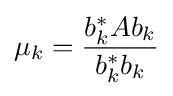
\mu _{k}={\frac {b_{k}^{*}Ab_{k}}{b_{k}^{*}b_{k}}}